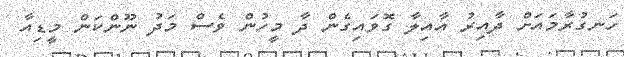
ހަނގުރާމައަށް ދާއިރު އާއިލާ ގޮވައިގެން ދާ މީހުން ވެސް މަދު ނޫންކަން މީޑިއާ